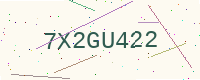
Text: 7X2GU422